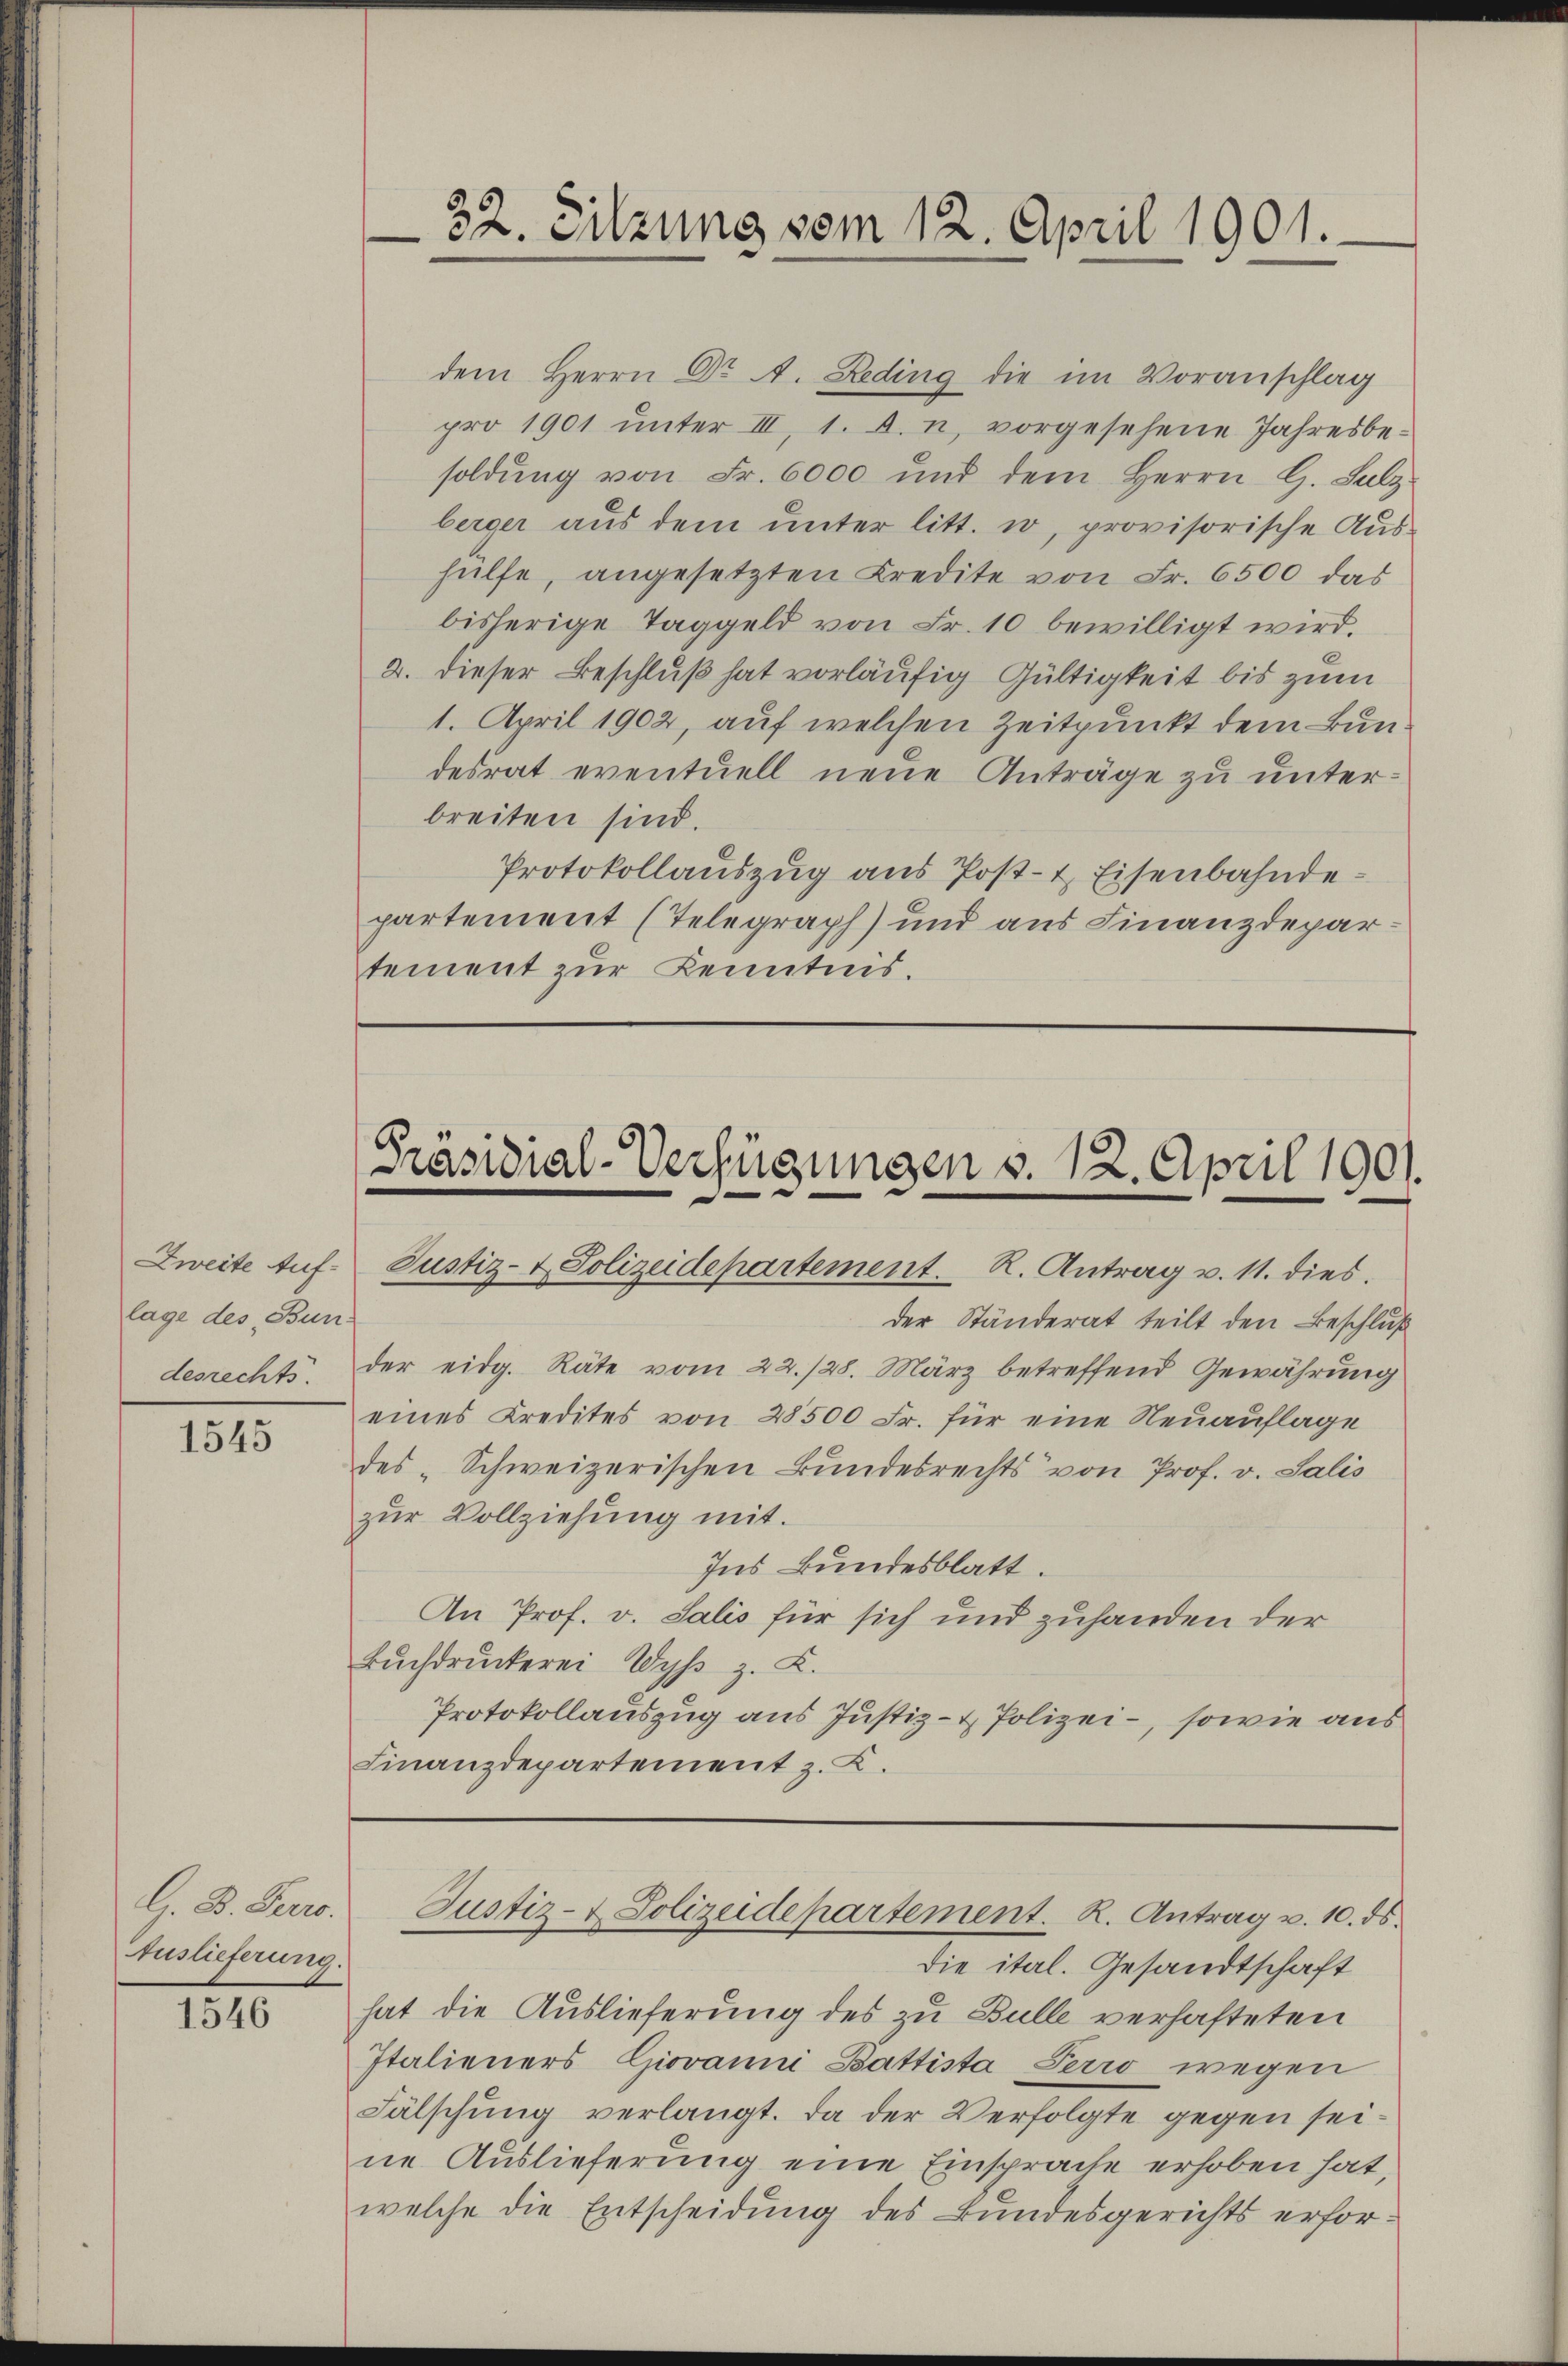
lage des Bun-
desrechts

1545

G. B. Peero.
Auslieferung.

1546

32. Sitzung vom 12. April 1901.

dem Herrn Dr A. Reding die im Voranschlag
pro 1901 unter III, 1. A. u. vorgesehene Jahresbesoldung von Fr. 6000 und dem Herrn G. Salz
berger aus dem unter litt. i, provisorische Aushülfe, angesetzten Kredite von Fr. 6500 das
bisherige Taggeld von Fr. 10 bewilligt wird.
2. dieser Beschluß hat vorläufig Gültigkeit bis zum
1. April 1902, auf welchen Zeitpunkt dem Bundesrat eventuell neue Anträge zu unterbreiten sind.
Protokollauszug aus Post- & Eisenbahndepartement (Telegraph) und aus Finanzdepartement zur Kenntnis.

der Ständerat teilt den Beschluß
der eidg. Räte vom 22./28. März betreffend Gewährung
eines Kredites von 28500 Fr. für eine Neuauflage
des „Schweizerischen Bundesrechts von Prof. v. Salis
zur Vollziehung mit.
Ins Bundesblatt.
An Prof. v. Salis für sich und zuhanden der
Buchdruckerei Wyß z. K.
Protokollauszug aus Justiz- & Polizei-, sowie aus
Finanzdepartement z. K.

die ital. Gesandtschaft
hat die Auslieferung des zu Bulle verhafteten
Italieners Giovanni Battista Perro wegen
Fälschung verlangt. Da der Verfolgte gegen sei
ne Auslieferung eine Einsprache erhoben hat,
welche die Entscheidung des Bundesgerichts erfor¬

Präsidial-Verfügungen v. 12. April 1901.
Zweite Auf Justiz- & Polizeidepartement. R. Antrag v. 11. dies

Justiz- & Polizeidepartement. K. Antrag v. 10. ds.